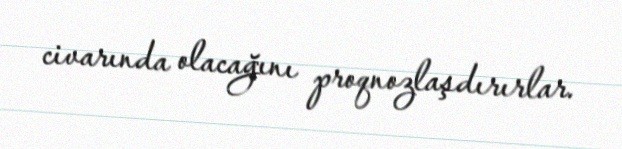
civarında olacağını proqnozlaşdırırlar.